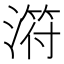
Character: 𣻜